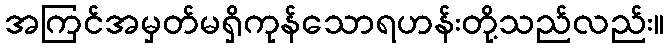
အကြင်အမှတ်မရှိကုန်သောရဟန်းတို့သည်လည်း။